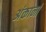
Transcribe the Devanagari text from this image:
अंकानां